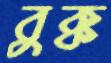
বুক্ক